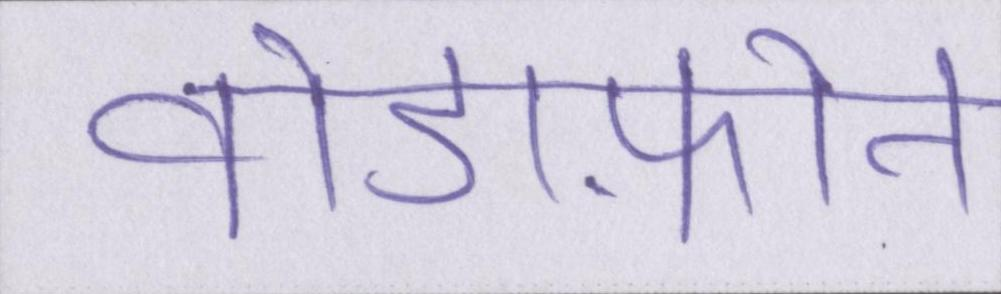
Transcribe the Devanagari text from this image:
वोडाफ़ोन